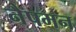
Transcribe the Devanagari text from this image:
नैपमन